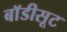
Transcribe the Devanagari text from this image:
बाॅडीसूट